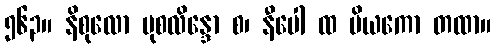
၅၆၃။ နိစုလော မုစလိန္ဒော စ၊ နီပေါ ထ ပိယကော တထာ။